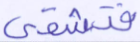
فتشقى